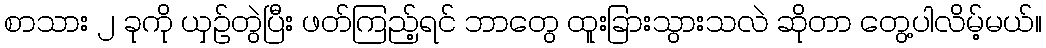
စာသား ၂ ခုကို ယှဉ်တွဲပြီး ဖတ်ကြည့်ရင် ဘာတွေ ထူးခြားသွားသလဲ ဆိုတာ တွေ့ပါလိမ့်မယ်။